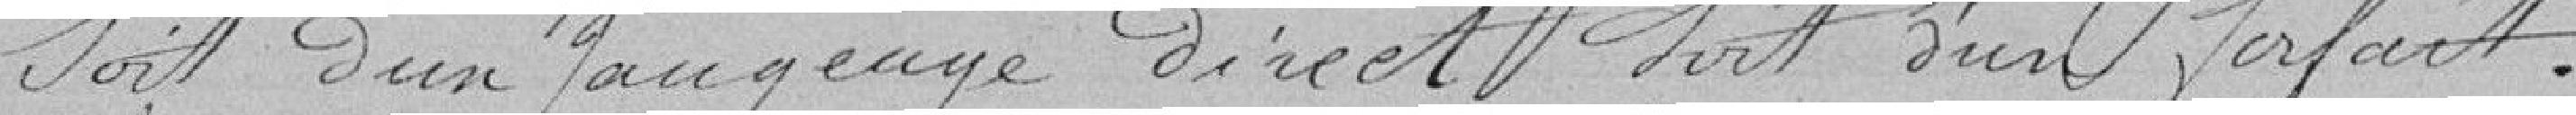
soit d'un jaugeage direct soit d'un forfait.